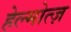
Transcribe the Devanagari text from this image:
हेल्मोत्ज़